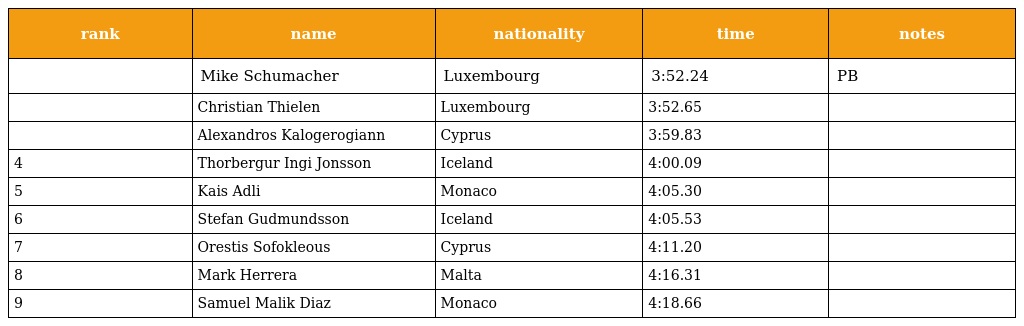
| rank | name | nationality | time | notes |
 | --- | --- | --- | --- | --- |
 |  | Mike Schumacher | Luxembourg | 3:52.24 | PB |
 |  | Christian Thielen | Luxembourg | 3:52.65 |  |
 |  | Alexandros Kalogerogiann | Cyprus | 3:59.83 |  |
 | 4 | Thorbergur Ingi Jonsson | Iceland | 4:00.09 |  |
 | 5 | Kais Adli | Monaco | 4:05.30 |  |
 | 6 | Stefan Gudmundsson | Iceland | 4:05.53 |  |
 | 7 | Orestis Sofokleous | Cyprus | 4:11.20 |  |
 | 8 | Mark Herrera | Malta | 4:16.31 |  |
 | 9 | Samuel Malik Diaz | Monaco | 4:18.66 |  |